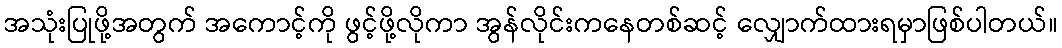
အသုံးပြုဖို့အတွက် အကောင့်ကို ဖွင့်ဖို့လိုကာ အွန်လိုင်းကနေတစ်ဆင့် လျှောက်ထားရမှာဖြစ်ပါတယ်။